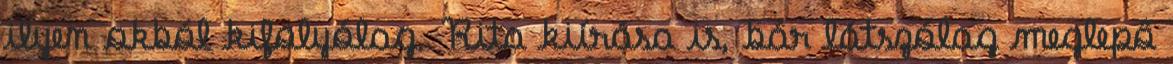
ilyen okból kifolyólag. Rita kiírása is, bár látszólag meglepő